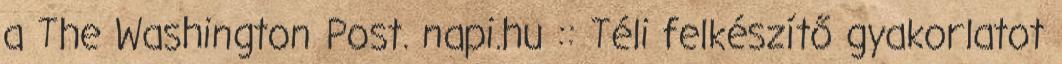
a The Washington Post. napi.hu :: Téli felkészítő gyakorlatot